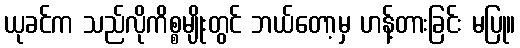
ယုခင်က သည်လိုကိစ္စမျိုးတွင် ဘယ်တော့မှ ဟန့်တားခြင်း မပြု။